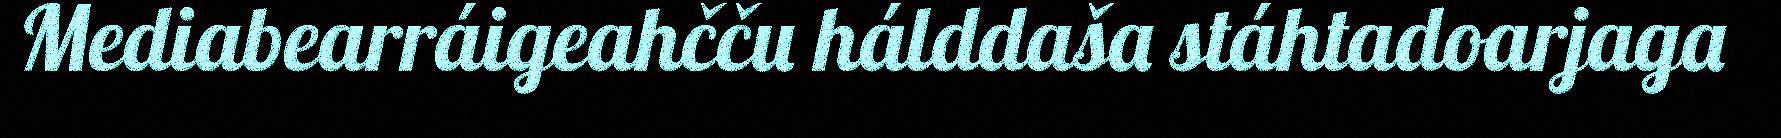
Mediabearráigeahčču hálddaša stáhtadoarjaga